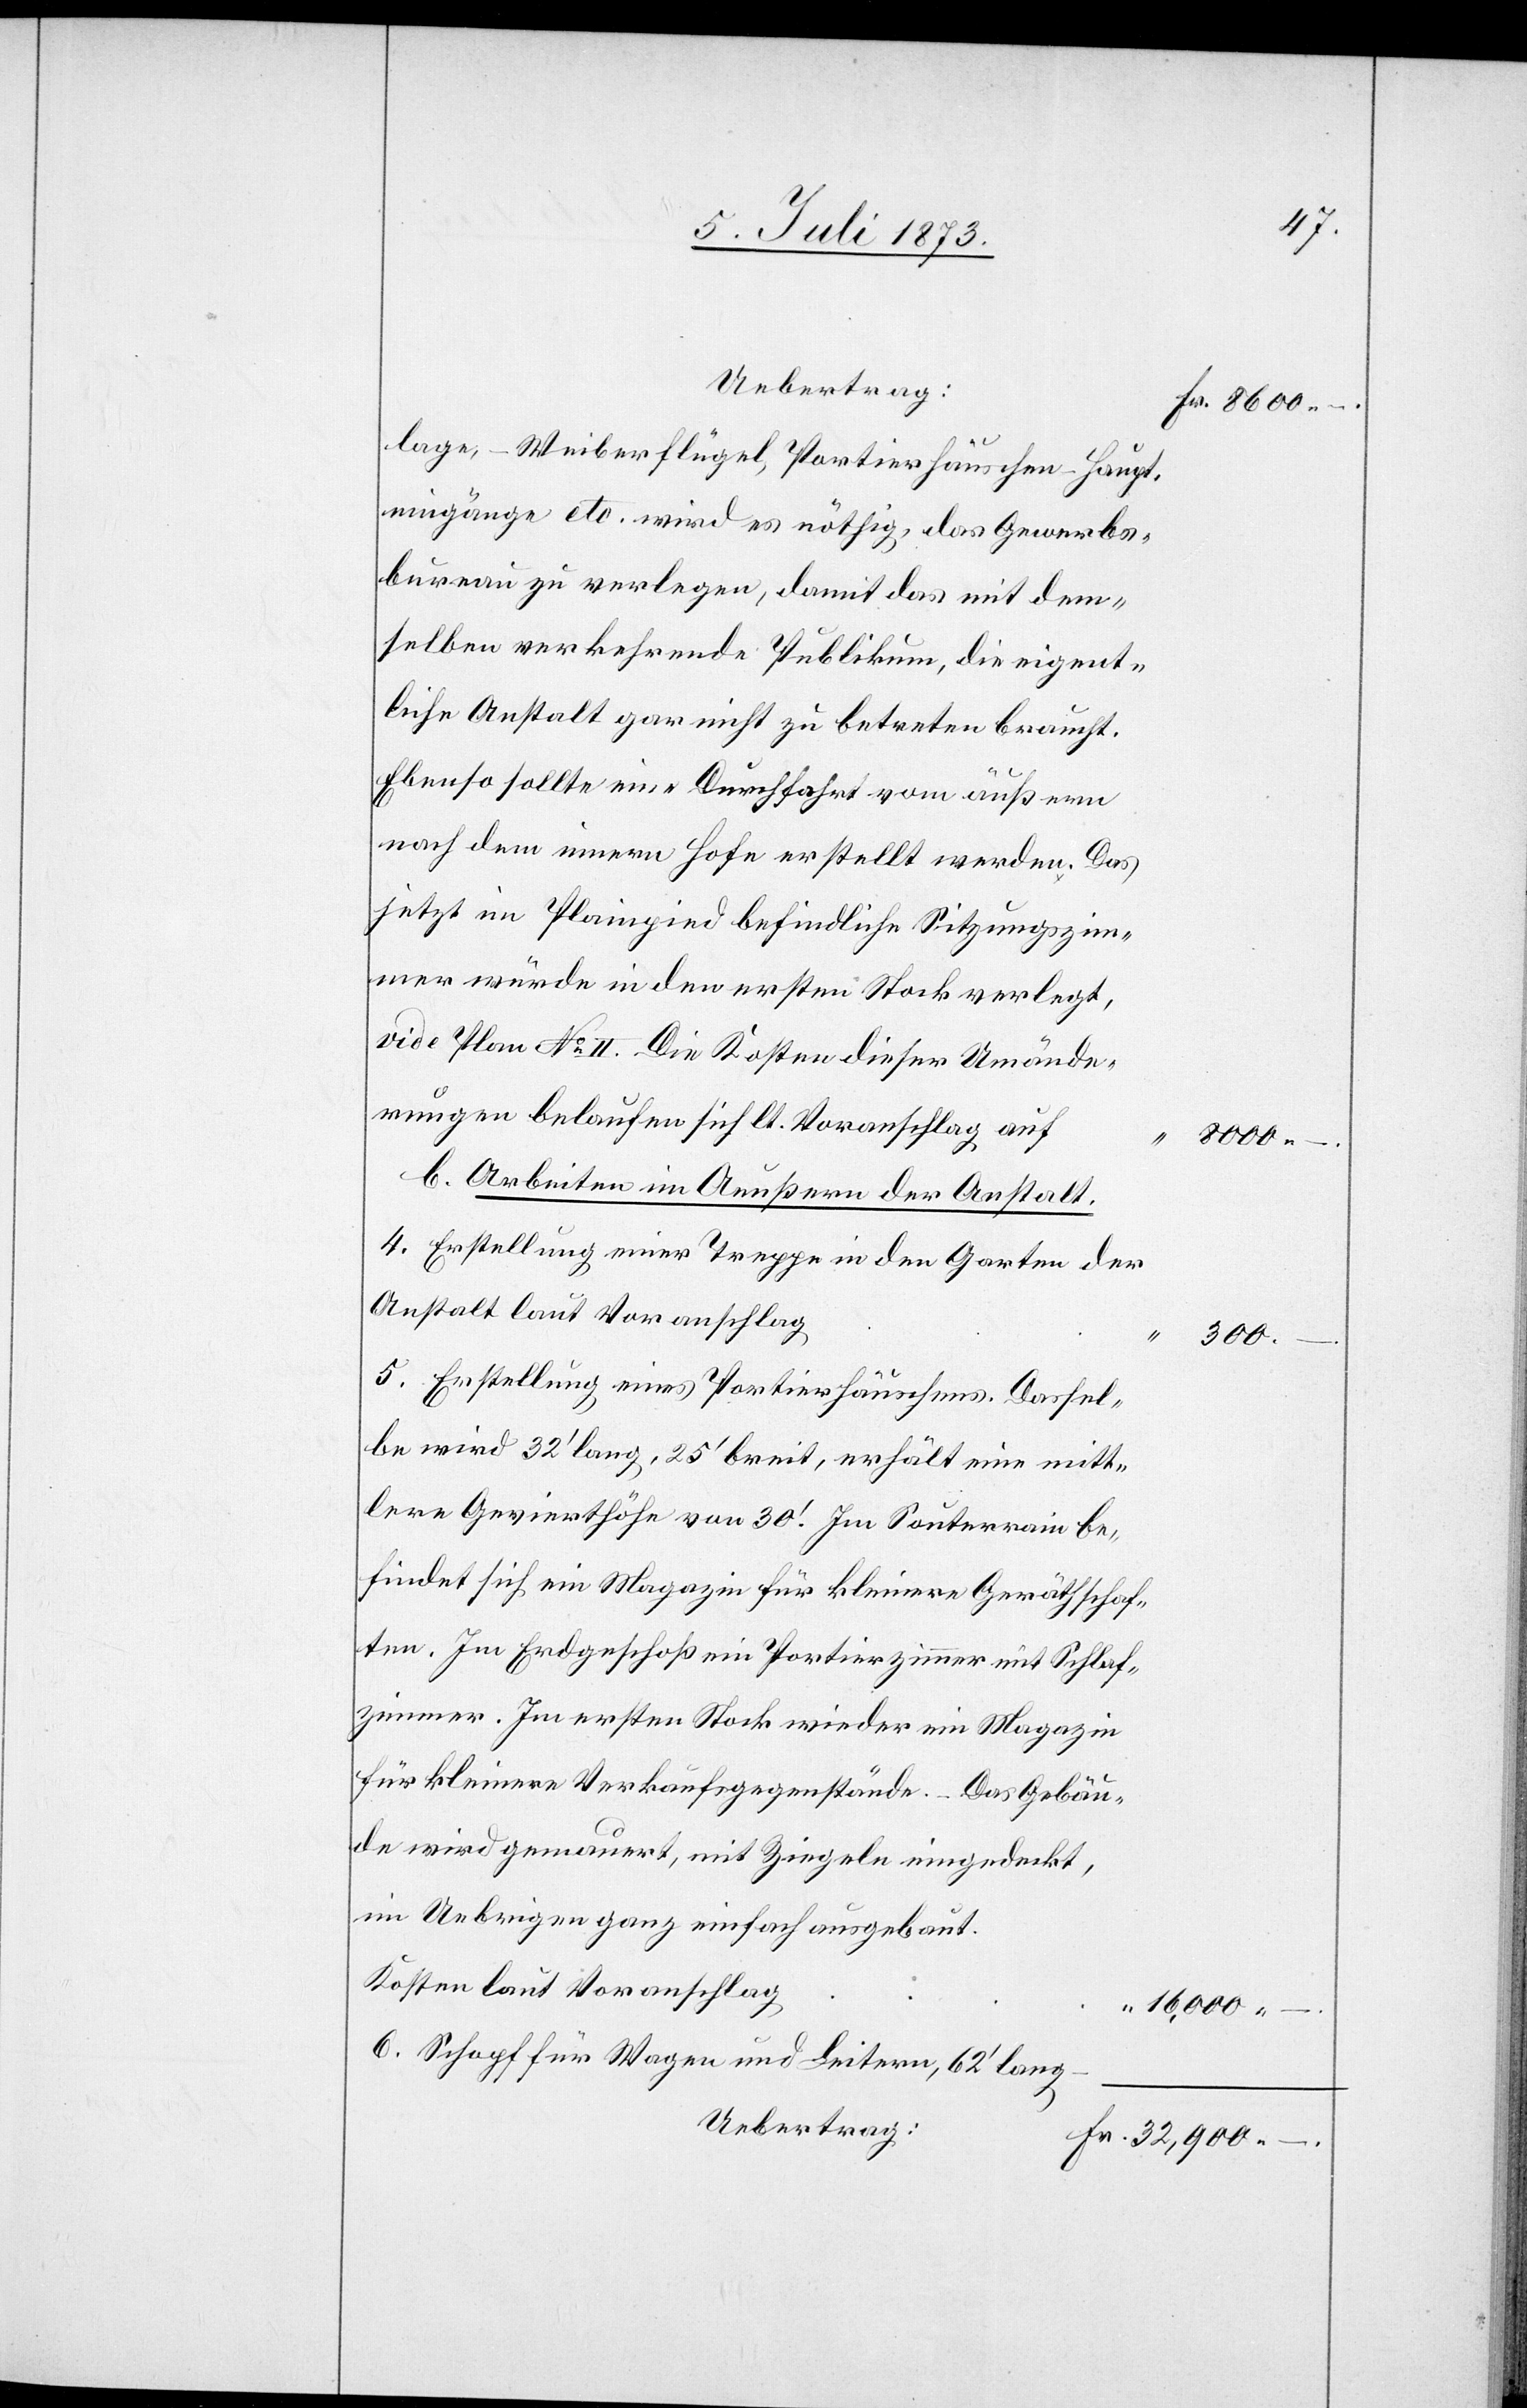
Uebertrag:
– Weiberflügel, Portierhäuschen – Haupt¬
eingänge etc. wird es nöthig, das Gewerbs¬
bureau zu verlegen, damit das mit dem¬
selben verkehrende Publikum, die eigent¬
liche Anstalt gar nicht zu betreten braucht.
Ebenso sollte eine Durchfahrt vom äußern
nach dem innern Hofe erstellt werden. Das
jetzt im Plainpied befindliche Sitzungszim¬
mer würde in den ersten Stock verlegt,
vide Plan No II. Die Kosten dieser Umände¬
rungen belaufen sich lt. Voranschlag auf
“
300 –.
b. Arbeiten im Aeußern der Anstalt.
4. Erstellung einer Treppe in den Garten der
Anstalt laut Voranschlag
5. Erstellung eines Portierhäuschens. Dassel¬
be wird 32‘ lang, 25‘ breit, erhält eine mitt¬
lere Gevierthöhe von 30‘. Im Souterrain be¬
findet sich ein Magazin für kleinere Geräthschaf¬
ten. Im Erdgeschoß ein Portierzimmer mit Schlaf¬
zimmer. Im ersten Stock wieder ein Magazin
für kleinere Verkaufsgegenstände. Das Gebäu¬
de wird gemauert, mit Ziegeln eingedeckt,
im Uebrigen ganz einfach ausgebaut.
Kosten laut Voranschlag
16,000 –.
6. Schopf für Wagen und Leitern, 62‘ lang